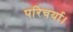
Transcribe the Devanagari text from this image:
परिचर्या।